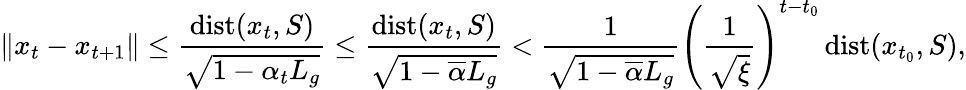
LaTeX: \left\Vert x_{t}-x_{t+1}\right\Vert\leq\frac{\operatorname{dist}(x_{t},S)}{\sqrt{1-\alpha_{t}L_{g}}}\leq\frac{\operatorname{dist}(x_{t},S)}{\sqrt{1-\overline{{\alpha}}L_{g}}}<\frac{1}{\sqrt{1-\overline{{\alpha}}L_{g}}}\left(\frac{1}{\sqrt{\xi}}\right)^{t-t_{0}}\operatorname{dist}(x_{t_{0}},S),